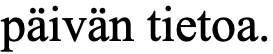
päivän tietoa.